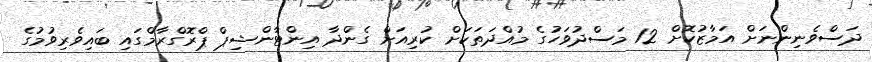
ދަސްވެނިންނަށް އަމާޒުކޮށް 12 މަސްދުވަހުގެ މުއްދަތަކަށް ކުރިއަށް ގެންދާ އިންޓާންޝިޕް ޕްރޮގްރާމްގައި ބައިވެރިވުމުގެ